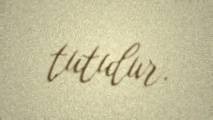
tutulur.